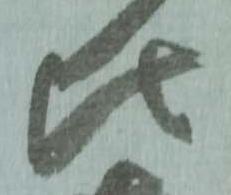
比